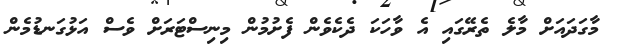
މާގަދައަށް މާލެ ތެރޭގައި އެ ވާހަކަ ދެކެވެން ފެށުމުން މިނިސްޓަރަށް ވެސް އަޅުގަނޑުމެން